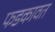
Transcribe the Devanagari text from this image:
फडकावत